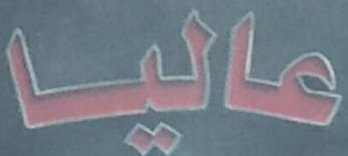
عاليا